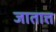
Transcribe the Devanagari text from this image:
जातात्त